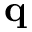
\bf { q }